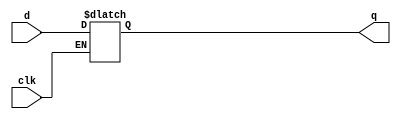
module part1(d,q,clk);

	input d, clk;
	output reg q;
	
	always@(*)
		if(clk == 1)
			q = d;

endmodule 


// parallel 3 bits shift register
//module part1(w, clk, q, d, reset, load); 
//
//	input w,clk, reset, load;
//	input [2:0] d;
//	output reg [2:0] q;
//	
//	always@(posedge clk)
//		begin
//			if(!reset)
//				q <= 0;
//			else if(load == 0)
//				q <= d;
//			else
//				begin
//					q[2] <= w;
//					q[1] <= q[2];
//					q[0] <= q[1];
//				end
//		end
//endmodule